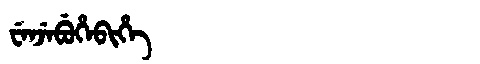
Manchu: ᠸᡝᠨᠵᡝᠪᡠᡥᡝᠪᡳᡥᡝ
Romanization: WENJEBUHEBIHE